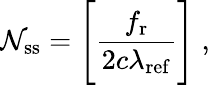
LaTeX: \mathcal{N}_{\mathrm{{ss}}}=\Bigg[\frac{{f_{\mathrm{{r}}}}}{{2c\lambda_{\mathrm{{ref}}}}}\Bigg]\; ,